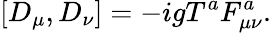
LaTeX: [D_{\mu},D_{\nu}]=-igT^{a}F_{\mu\nu}^{a}.